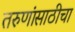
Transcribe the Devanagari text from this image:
तरुणांसाठीचा